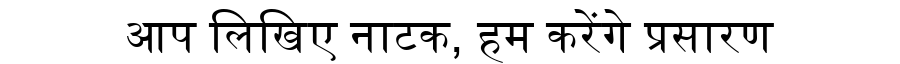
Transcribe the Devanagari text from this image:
आप लिखिए नाटक, हम करेंगे प्रसारण